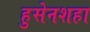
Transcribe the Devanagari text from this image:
हुसेनशहा